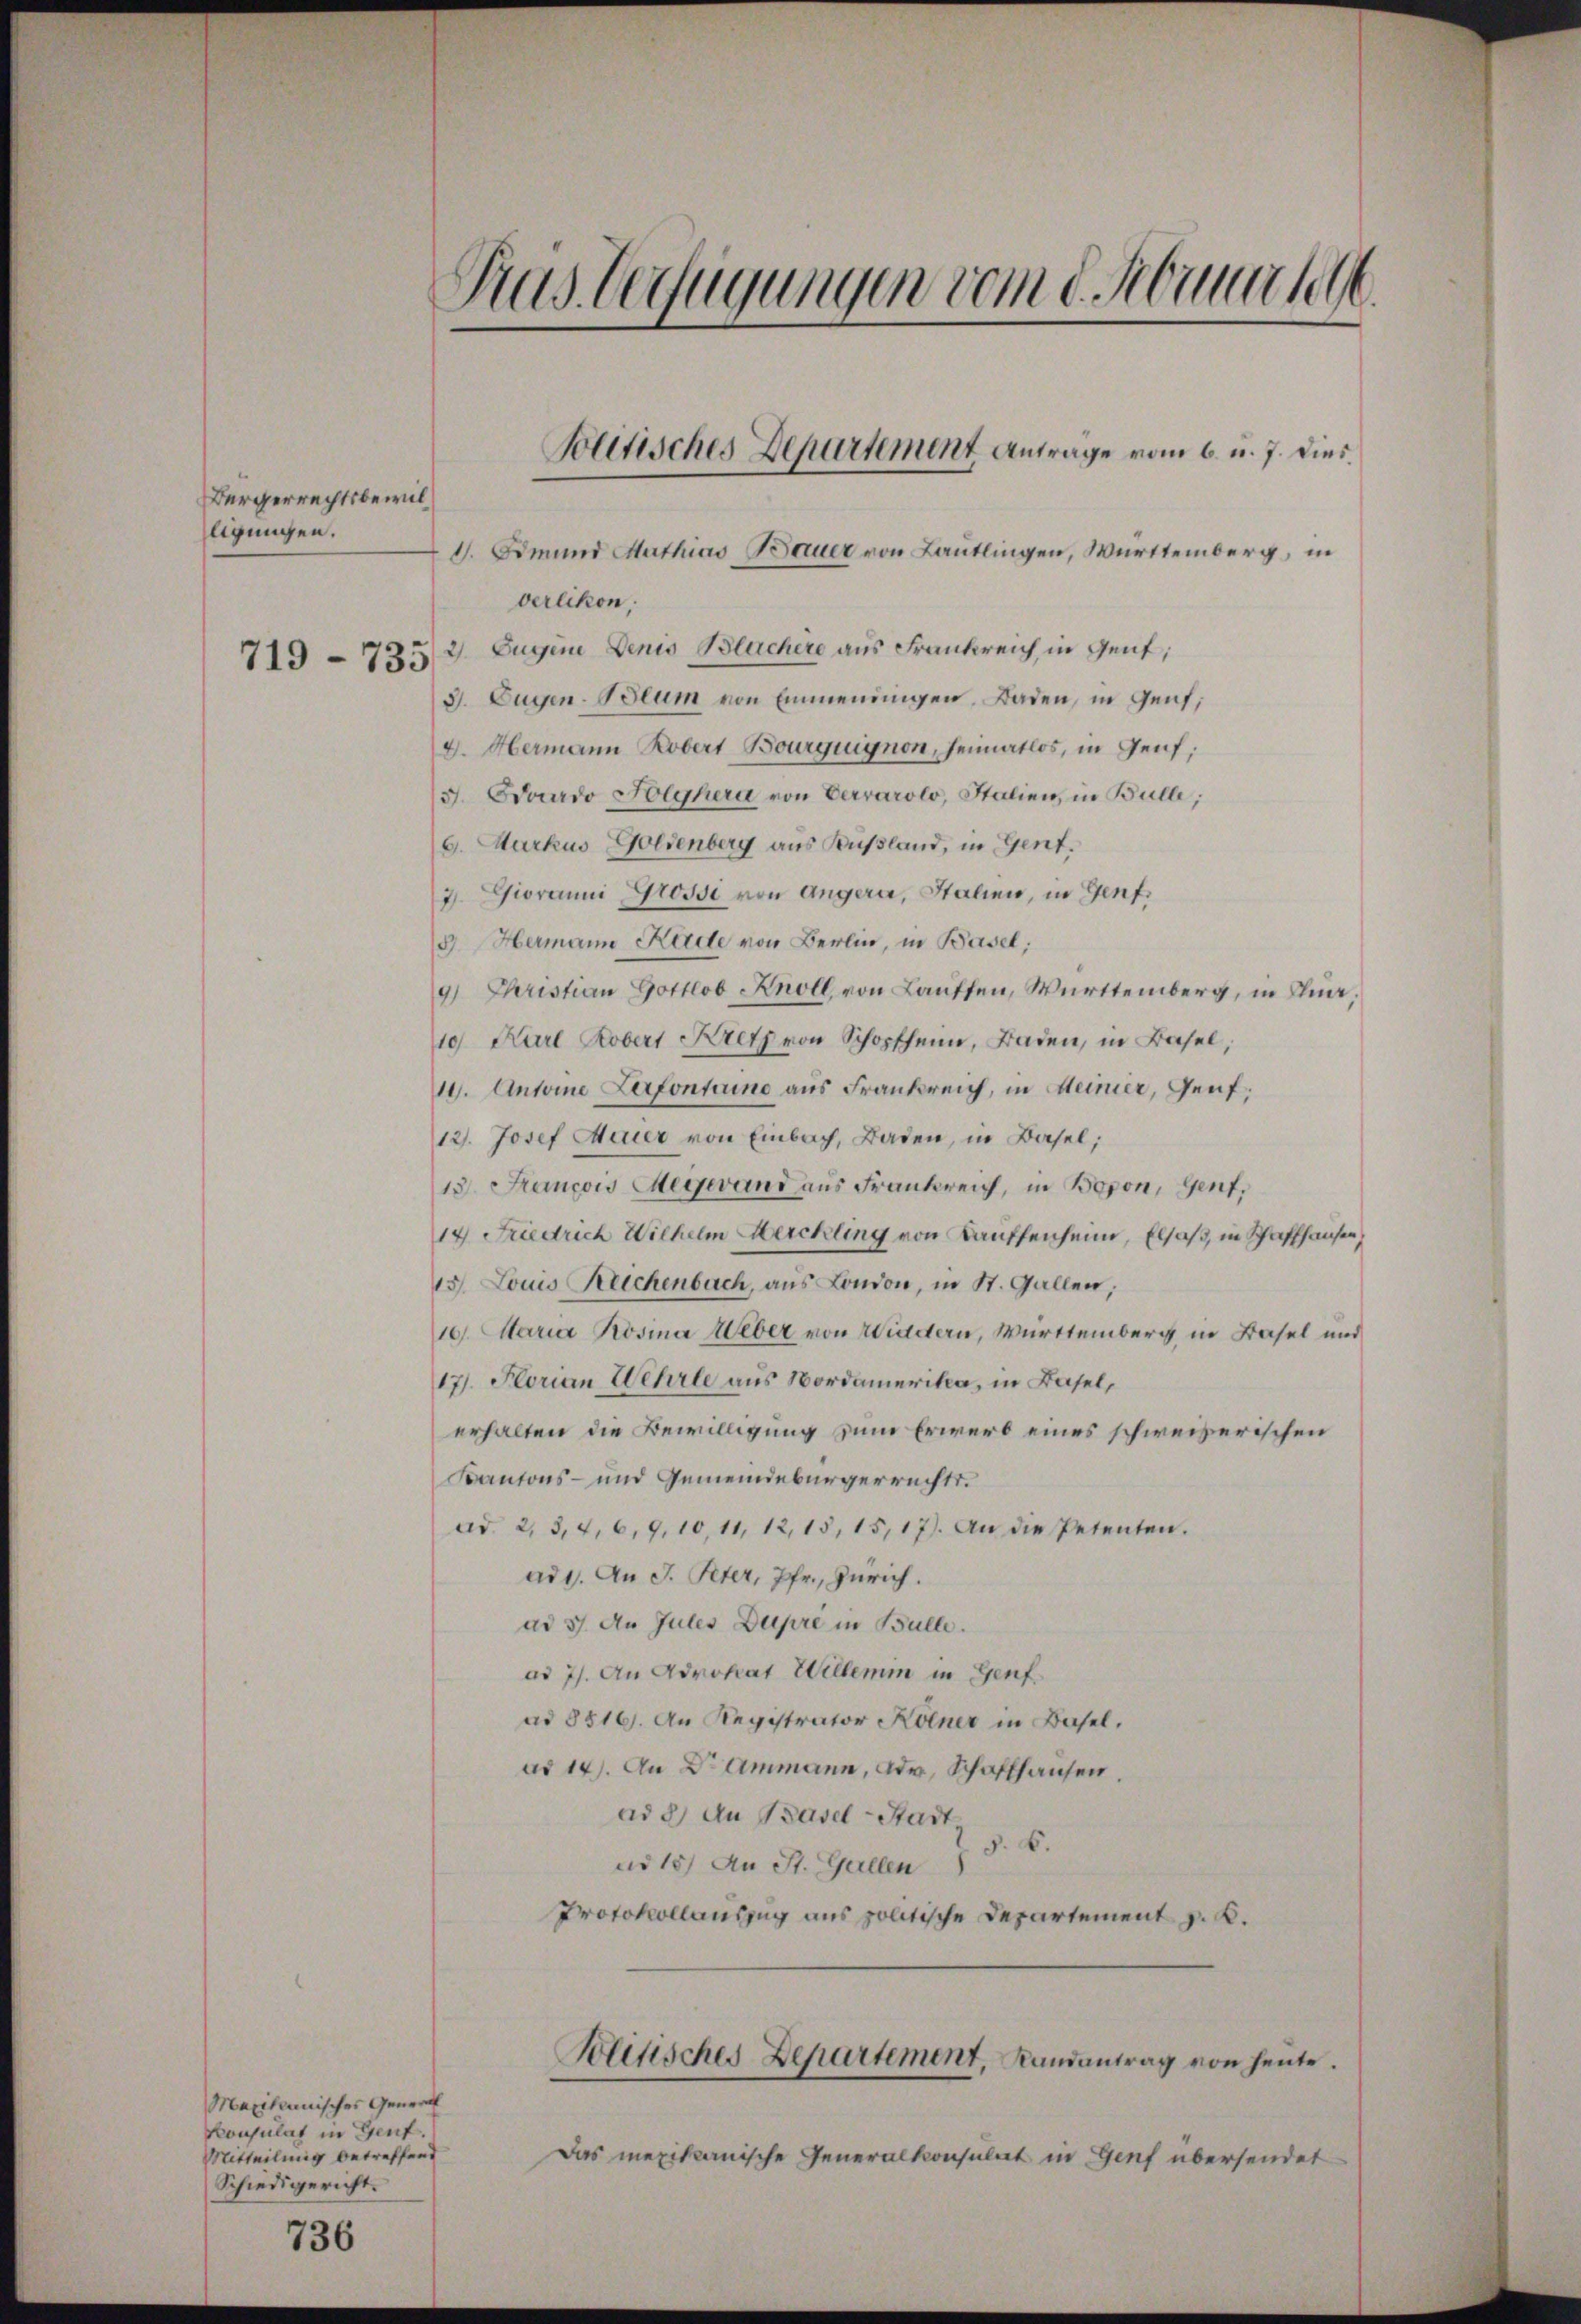
Bürgerrechtsbewilligungen.

719 - 733.

1. Omund Mathias Bauer von Lautlingen, Württemberg, in
verlikon,
2 Eugen Denis Blachere aus Frankreich in Gent,
3. Eugen. Blum von Emmendingen, Baden, in Genf,
4. Hermann Robert Bourguignon, Heimatlos, in Genf,
5. Aouardo Folghera von Vervárolo, Italien, in Bulle;
6. Markus Goldenberg aus Kussland, in Gent.
7. Giovanni Grossi von angern, Stalien, in Genf.
3. Hermann Kade von Berlin, in Basel:
9. Christian Gottlob Knoll von Lauffen, Württemberg, in Chun,
10 Karl Kobert Kretz von Schopfheim, Baden, in Basel,
10. Antoine Lefontine aus Frankreich, in Meiner, Genf,
12. Josef Meier von Einbach, Baden, in Basel;
13. Francow Megerand aus Frankreich, in Bogen, Genf,
14 Friedrich Wilhelm Merckling von Kauffenheim, Elsaß, in Schaffhausen,
15 Louis Reichenbach, aus London, in St. Gallen,
10. Maria Rosina Weber von Wiedern, Württemberg in Basel und
17. Florian Wehrle aus Nordamerika, in Basel,
erhalten die Bewilligung zum Erwerb eines schweizerischen
Kantons- und Gemeindebürgerrechts.
ad 2, 3,7,6,9,10, 11, 12,15, 15,17). An die Petenten.
ad 1. An J. Peter, Pfr., Zürich.
ad 37. An Jules Dupre in Bulle.
ad 7. An Advokat Willerm in Genf.
ad 8516. An Registrator Kölner in Basel,
ad 14. An Dr Ammann, Dr. Schaffhausen,
ad 2.) An Basel-Stadt
§. 6.
no 15. An St. Gallen
Protokollauszug aus politische Departement z. B.

Maxikanisches General
Konsulat in Genf.
Mitteilung betreffend
Schiedigericht.

736

Aus Verfügungen vom 8. Auch

Bolitisches Departement Antrage vom 6. u. 7. dies

Das mexikanische Generalkonsulat in Genf übersendet

Politisches Departement, Landantrag von heŭte.